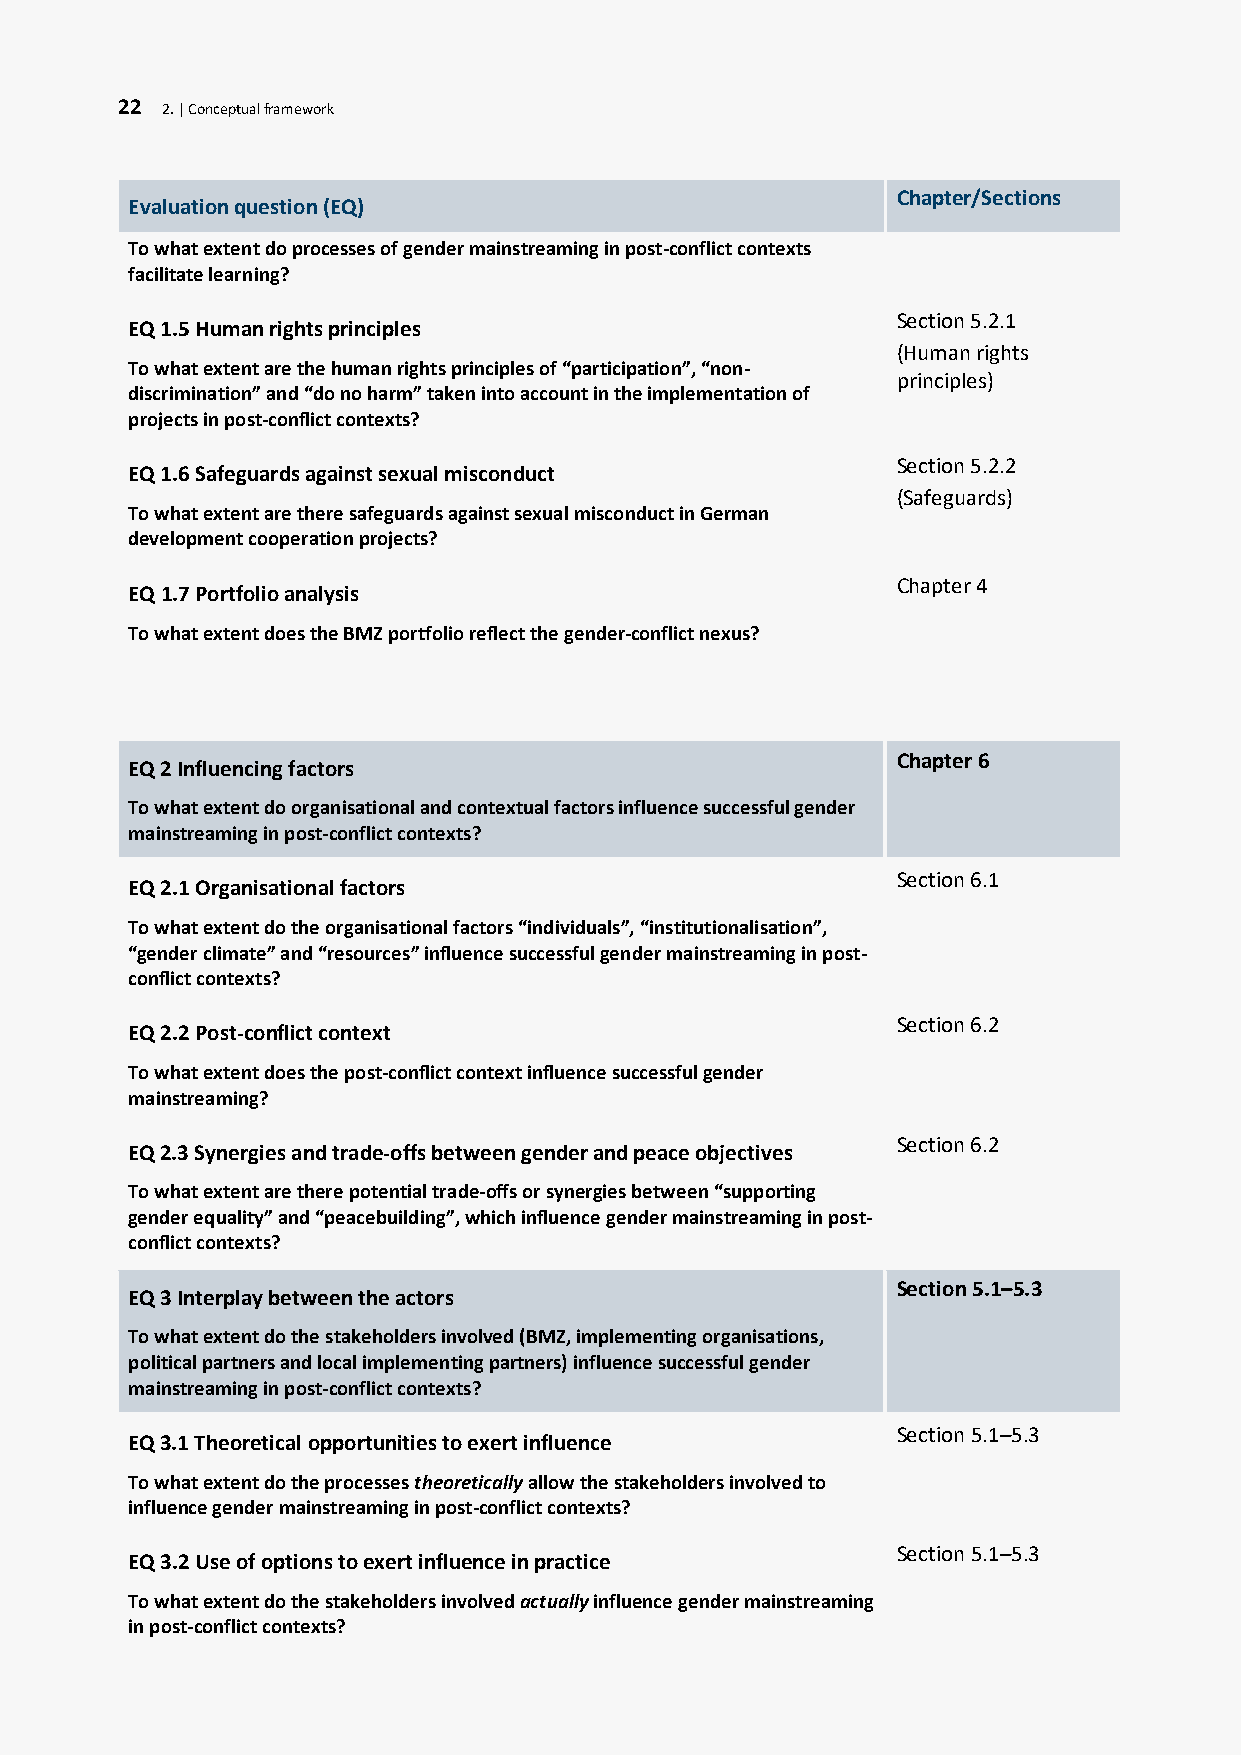
22 2. | Conceptual framework
 Chapter/Sections
 Evaluation question (EQ)
 To what extent do processes of gender mainstreaming in post-conflict contexts
 facilitate learning?
 Section 5.2.1
 EQ 1.5 Human rights principles
 (Human rights
 To what extent are the human rights principles of “participation”, “non-
 principles)
 discrimination” and “do no harm” taken into account in the implementation of
 projects in post-conflict contexts?
 Section 5.2.2
 EQ 1.6 Safeguards against sexual misconduct
 (Safeguards)
 To what extent are there safeguards against sexual misconduct in German
 development cooperation projects?
 Chapter 4
 EQ 1.7 Portfolio analysis
 To what extent does the BMZ portfolio reflect the gender-conflict nexus?
 Chapter 6
 EQ 2 Influencing factors
 To what extent do organisational and contextual factors influence successful gender
 mainstreaming in post-conflict contexts?
 Section 6.1
 EQ 2.1 Organisational factors
 To what extent do the organisational factors “individuals”, “institutionalisation”,
 “gender climate” and “resources” influence successful gender mainstreaming in post-
 conflict contexts?
 Section 6.2
 EQ 2.2 Post-conflict context
 To what extent does the post-conflict context influence successful gender
 mainstreaming?
 Section 6.2
 EQ 2.3 Synergies and trade-offs between gender and peace objectives
 To what extent are there potential trade-offs or synergies between “supporting
 gender equality” and “peacebuilding”, which influence gender mainstreaming in post-
 conflict contexts?
 Section 5.1–5.3
 EQ 3 Interplay between the actors
 To what extent do the stakeholders involved (BMZ, implementing organisations,
 political partners and local implementing partners) influence successful gender
 mainstreaming in post-conflict contexts?
 Section 5.1–5.3
 EQ 3.1 Theoretical opportunities to exert influence
 To what extent do the processes theoretically allow the stakeholders involved to
 influence gender mainstreaming in post-conflict contexts?
 Section 5.1–5.3
 EQ 3.2 Use of options to exert influence in practice
 To what extent do the stakeholders involved actually influence gender mainstreaming
 in post-conflict contexts?